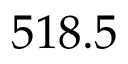
5 1 8 . 5